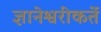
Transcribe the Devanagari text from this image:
ज्ञानेश्वरीकर्ते